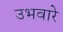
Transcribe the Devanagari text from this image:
उभवारे